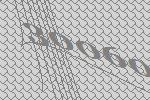
30060